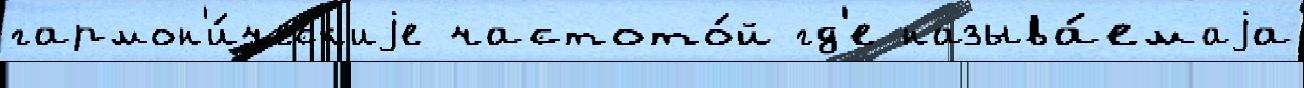
гармон'и́ческ'иjе частото́й гд'е называ́емаjа